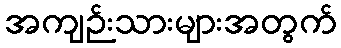
အကျဉ်းသားများအတွက်